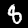
Label: 8